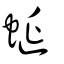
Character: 蜒